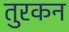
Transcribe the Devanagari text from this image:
तुरकन